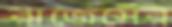
রাজেসের